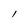
Character: I